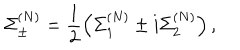
LaTeX: \Sigma _ { \pm } ^ { ( N ) } = \frac { 1 } { 2 } \left( \Sigma _ { 1 } ^ { ( N ) } \pm i \Sigma _ { 2 } ^ { ( N ) } \right) ,